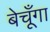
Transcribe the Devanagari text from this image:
बेचूँगा